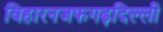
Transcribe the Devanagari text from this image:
विहारनजफगढ़दिल्ली